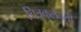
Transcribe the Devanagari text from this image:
चित्रकलेतली